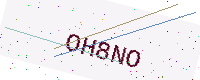
Text: OH8NO